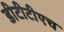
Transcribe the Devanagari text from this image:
डीटीटीएच